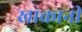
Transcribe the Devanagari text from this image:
खाकानी